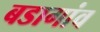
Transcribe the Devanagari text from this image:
बडागांव